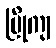
ပြိုကျ